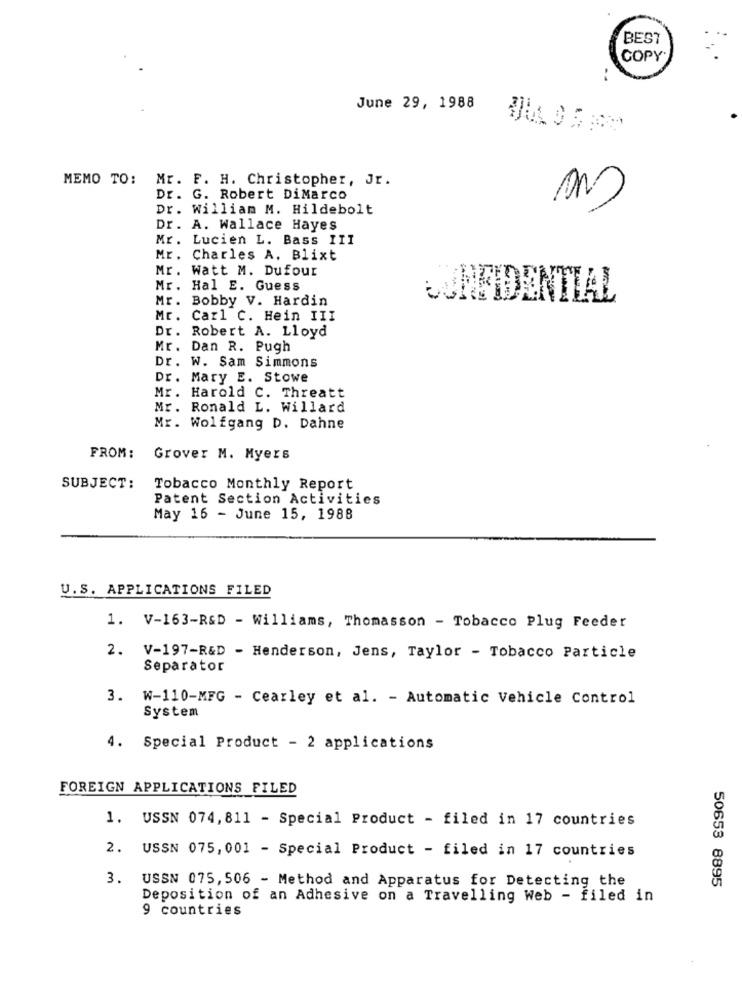
BEST
COPY
June 29, 1988
MEMO TO: Mr. F. H. Christopher, Jr.
Dr. G. Robert DiMarco
Dr. William M. Hildebolt
Dr. A. Wallace Hayes
Mr. Lucien L. Bass III
Mr.
Charles A. Blixt
Mr. Watt M. Dufour
Mr. Hal E. Guess
Mr. Bobby V. Hardin
CONFIDENTIAL
Mr. Carl C. Hein III
Dr. Robert A. Lloyd
Mr. Dan R. Pugh
Dr. W. Sam Simmons
Dr. Mary E. Stowe
Mr. Harold C. Threatt
Mr. Ronald L. Willard
Mr. Wolfgang D. Dahne
FROM:
Grover M. Myers
SUBJECT:
Tobacco Monthly Report
Patent Section Activities
May 16 - June 15, 1988
U.S. APPLICATIONS FILED
1. V-163-R&D - Williams, Thomasson - Tobacco Plug Feeder
2. V-197-R&D - Henderson, Jens, Taylor - Tobacco Particle
Separator
3. W-110-MFG - Cearley et al. - Automatic Vehicle Control
System
4.
Special Product - 2 applications
FOREIGN APPLICATIONS FILED
1. USSN 074,811 - Special Product - filed in 17 countries
2. USSN 075,001 - Special Product - filed in 17 countries
3. USSN 075, 506 - Method and Apparatus for Detecting the
50653 8895
Deposition of an Adhesive on a Travelling Web - filed in
9 countries